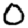
Digit: 0